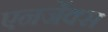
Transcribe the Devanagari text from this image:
एनर्जेक्स